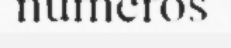
numeros